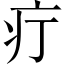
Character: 疔